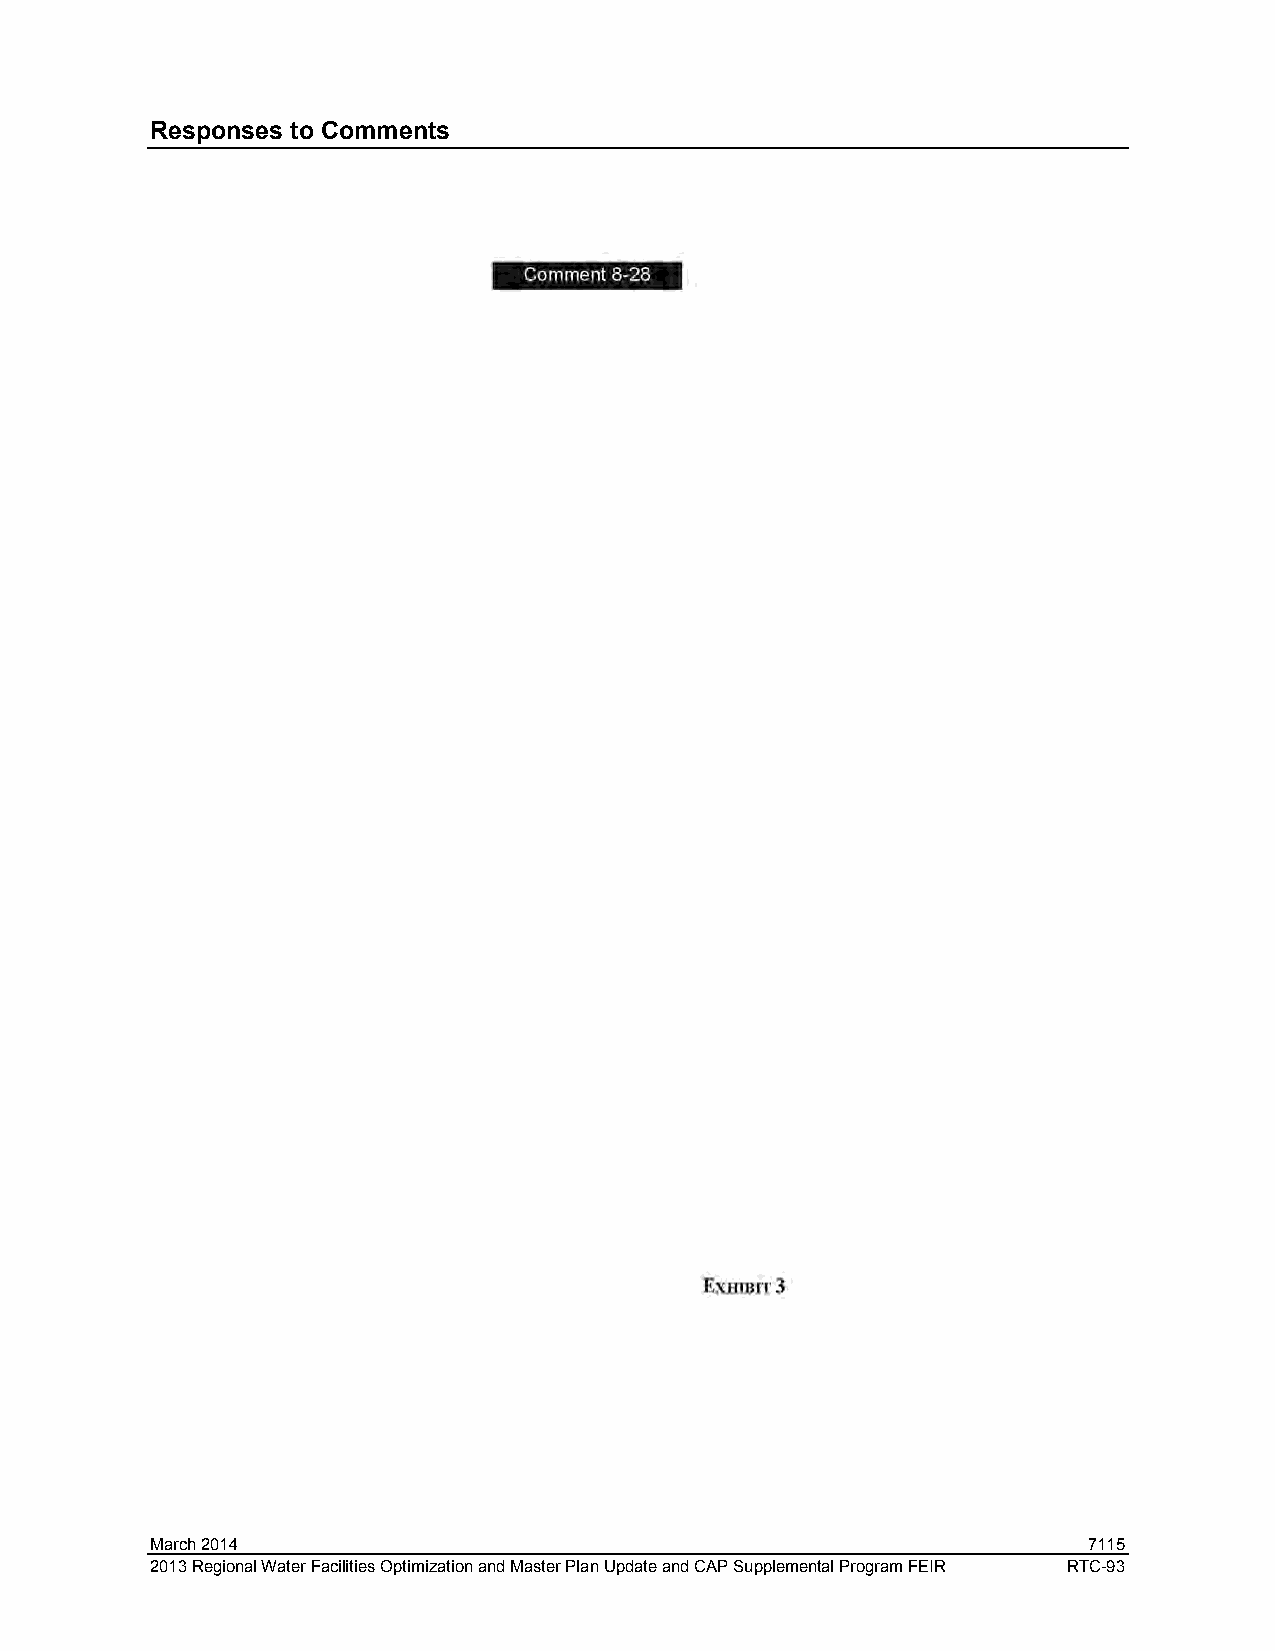
Responses to Comments
 March 2014                                                    7115
 2013 Regional Water Facilities Optimization and Master Plan Update and CAP Supplemental Program FEIR RTC-93